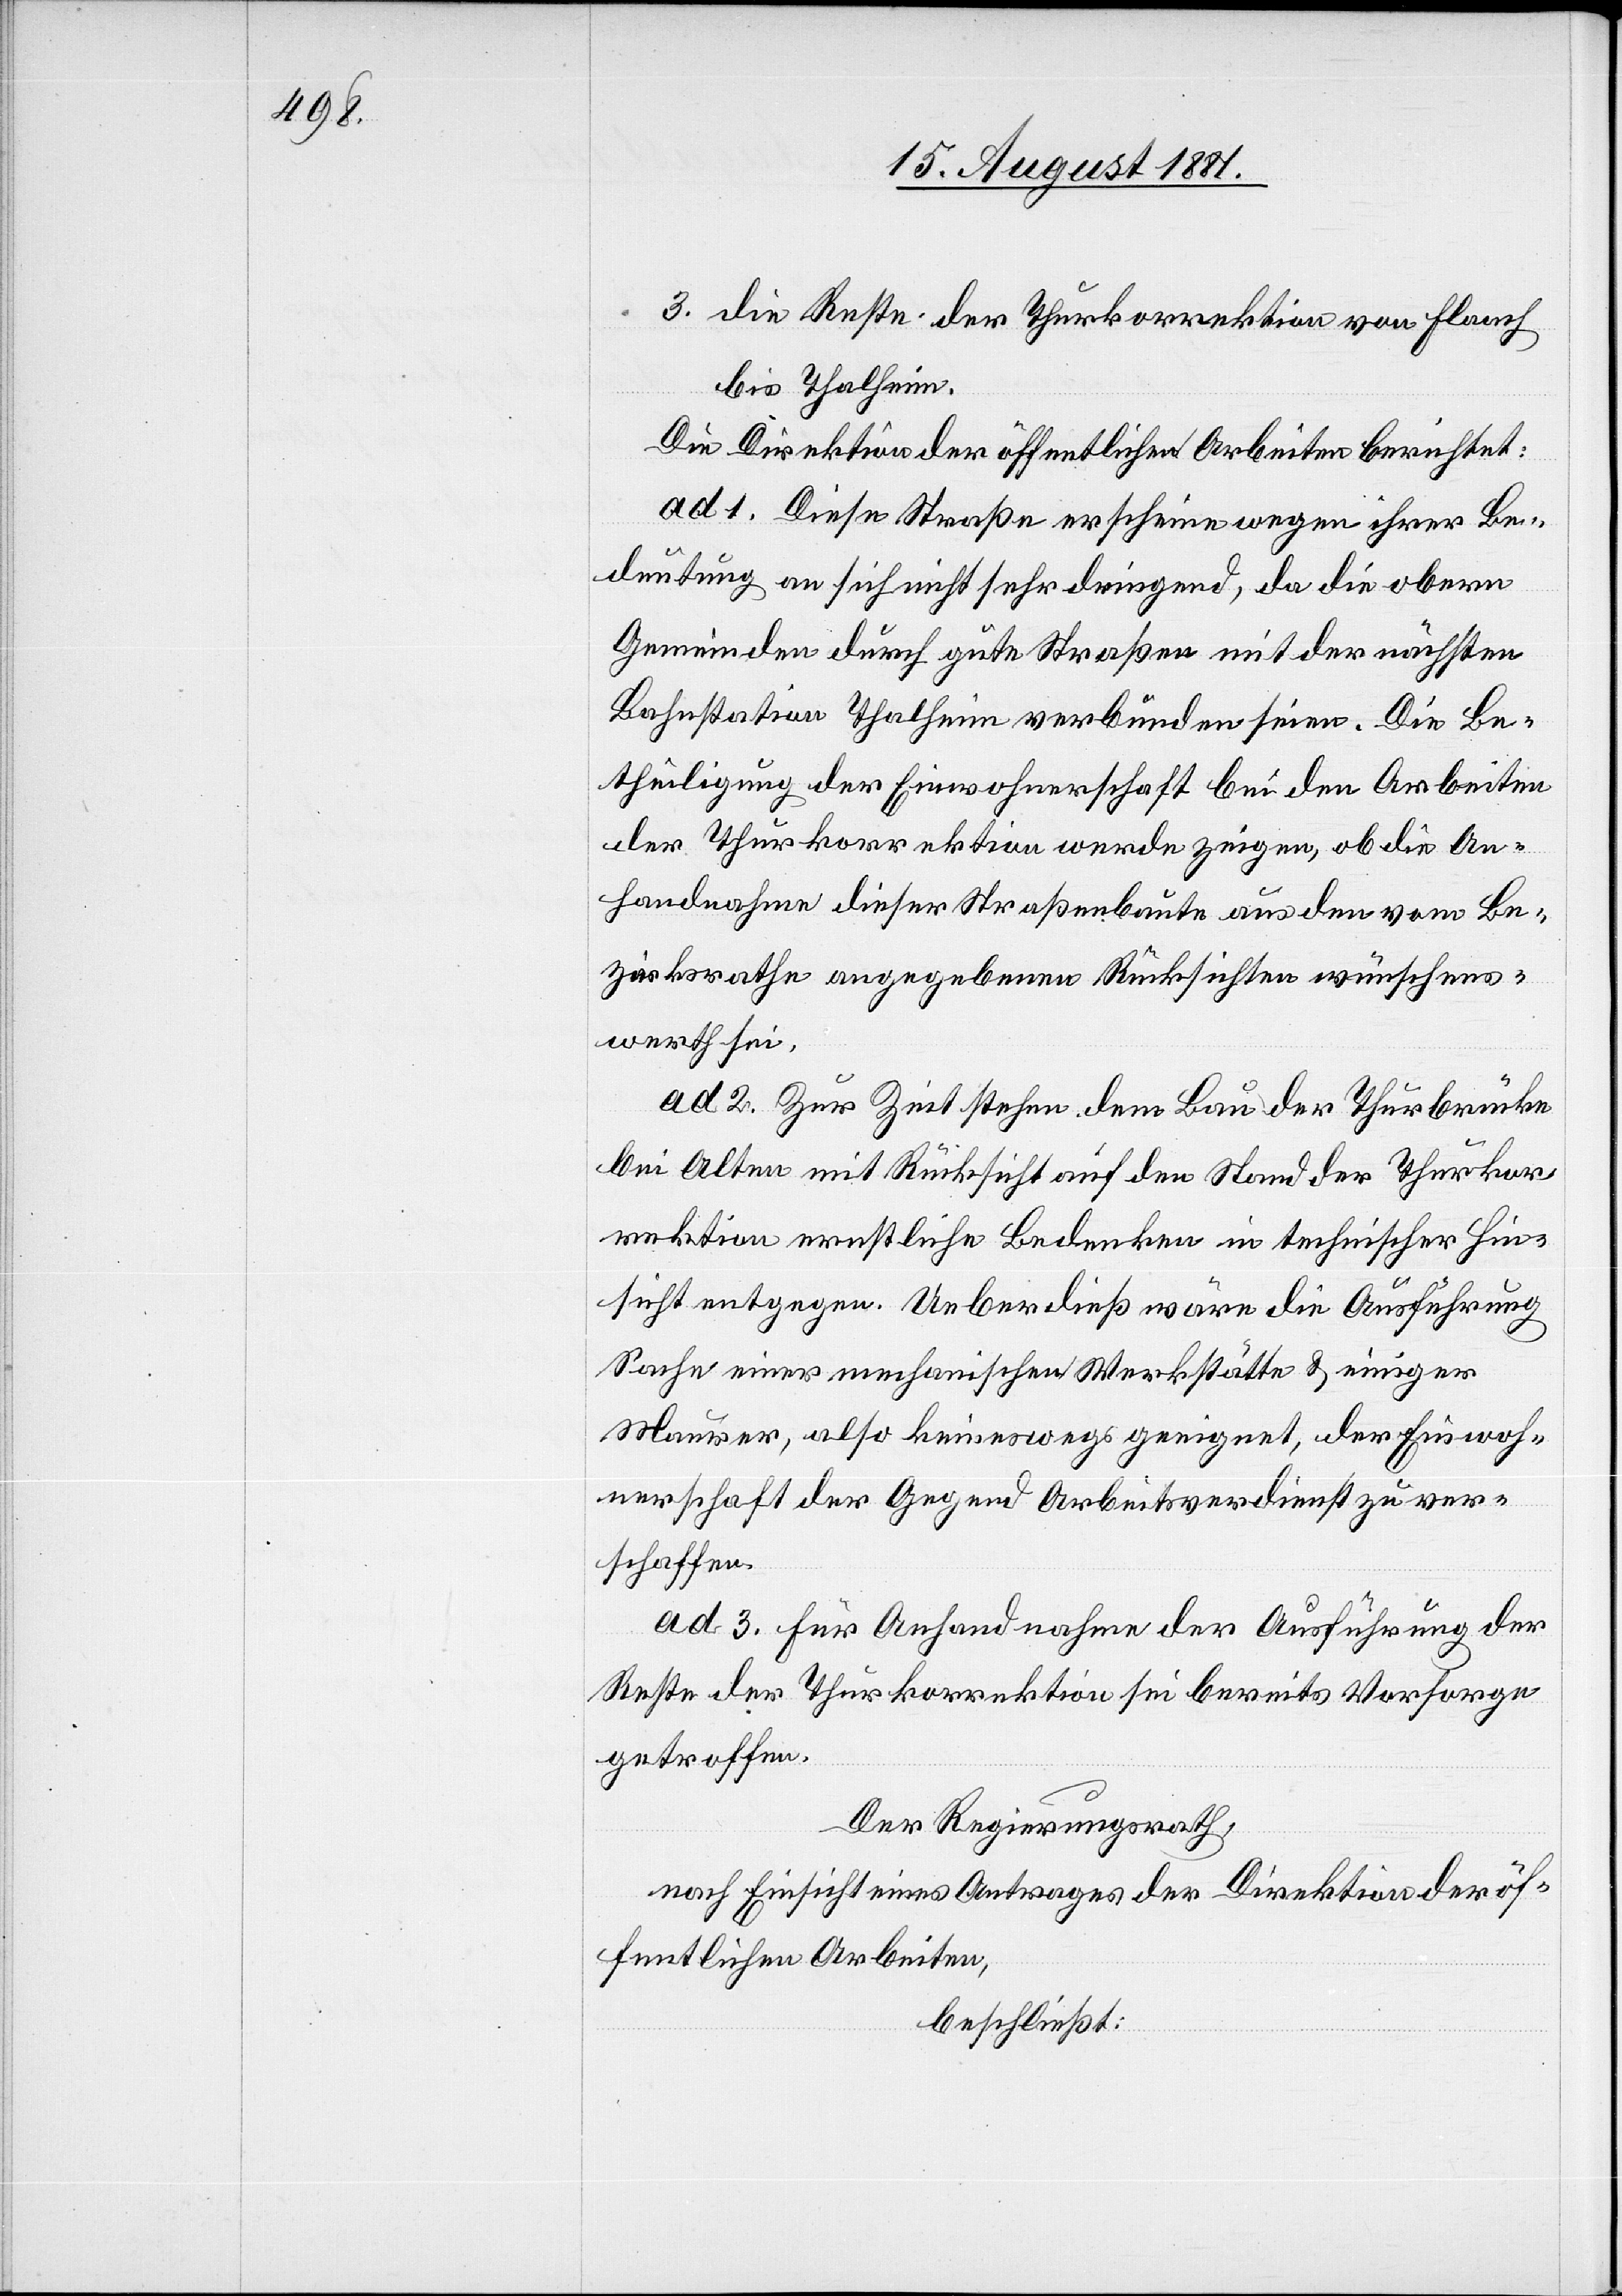
3. die Reste der Thurkorrektion von Flaach
bis Thalheim.
Die Direktion der öffentlichen Arbeiten berichtet:
ad 1. Diese Straße erscheine wegen ihrer Be¬
deutung an sich nicht sehr dringend, da die obern
Gemeinden durch gute Straßen mit der nächsten
Bahnstation Thalheim verbunden seien. Die Be¬
theiligung der Einwohnerschaft bei den Arbeiten
der Thurkorrektion werde zeigen, ob die An¬
handnahme dieser Straßenbaute aus den vom Be¬
zirksrathe angegebenen Rücksichten wünschens¬
werth sei.
ad 2. Zur Zeit stehen dem Bau der Thurbrücke
bei Alten mit Rücksicht auf den Stand der Thurkor¬
rektion ernstliche Bedenken in technischer Hin¬
sicht entgegen. Ueberdieß wäre die Ausführung
Sache einer mechanischen Werkstätte & einiger
Maurer, also keineswegs geeignet, der Einwoh¬
nerschaft der Gegend Arbeitsverdienst zu ver¬
schaffen.
ad 3. Für Anhandnahme der Ausführung der
Reste der Thurkorrektion sei bereits Vorsorge
getroffen.
Der Regierungsrath,
nach Einsicht eines Antrages der Direktion der öf¬
fentlichen Arbeiten
beschließt: